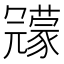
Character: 𠖨